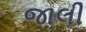
જાલી